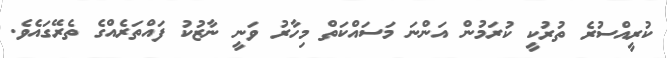
ކުރީއްސުރެ ތުރުކީ ކުރަމުން އަންނަ މަސައްކަތް މިހާރު ވަނީ ނާޒުކު ފައްތަރެއްގެ ތެރޭގައެވެ.